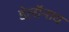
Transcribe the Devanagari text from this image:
डेलॉनाय